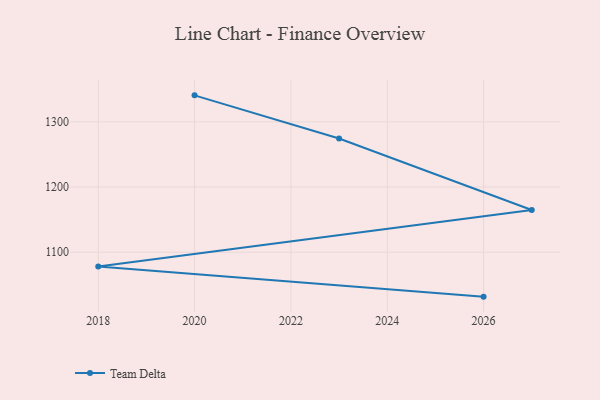
{"axis": {"x": "Year", "y": "Market Share (%)"}, "legend": ["Team Delta"], "data": [{"x": "2026", "y": 1031.9, "type": "Team Delta"}, {"x": "2018", "y": 1078.1, "type": "Team Delta"}, {"x": "2027", "y": 1164.8, "type": "Team Delta"}, {"x": "2023", "y": 1274.5, "type": "Team Delta"}, {"x": "2020", "y": 1340.6, "type": "Team Delta"}]}